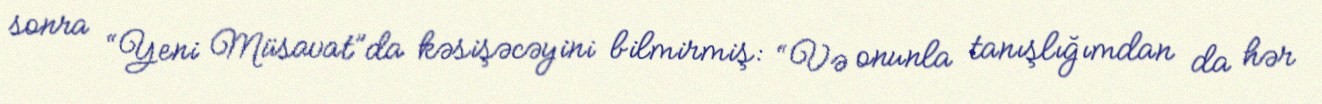
sonra “Yeni Müsavat”da kəsişəcəyini bilmirmiş: “Və onunla tanışlığımdan da hər